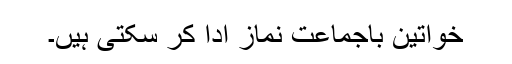
خواتین باجماعت نماز ادا کر سکتی ہیں۔